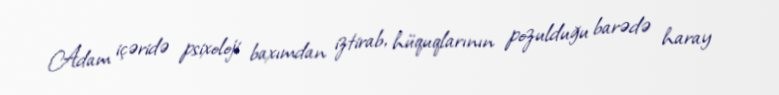
Adam içəridə psixoloji baxımdan iztirab, hüquqlarının pozulduğu barədə haray